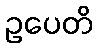
ဥပေတိ